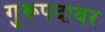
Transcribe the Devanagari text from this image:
गुरूपदावर